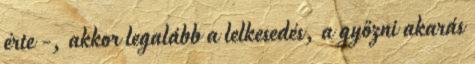
érte -, akkor legalább a lelkesedés, a győzni akarás